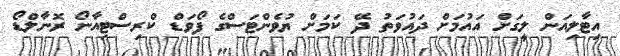
އިޓާލިއަން ލީގަށް އައުމަށް ދައުވަތު ދޭ ކަމަށް ޔުވެންޓަސްގެ ފޯވަޑް ކްރިސްޓިއާނޯ ރޮނާލްޑޯ